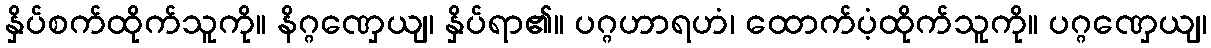
နှိပ်စက်ထိုက်သူကို။ နိဂ္ဂဏှေယျ၊ နှိပ်ရာ၏။ ပဂ္ဂဟာရဟံ၊ ထောက်ပံ့ထိုက်သူကို။ ပဂ္ဂဏှေယျ၊